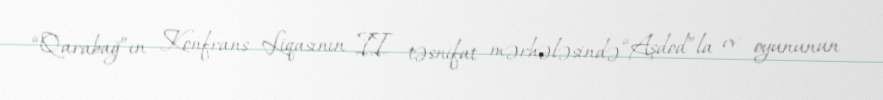
“Qarabağ”ın Konfrans Liqasının II təsnifat mərhələsində “Aşdod”la ev oyununun